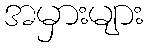
အမှားများ